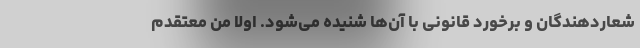
شعاردهندگان و برخورد قانونی با آن‌ها شنیده می‌شود. اولا من معتقدم